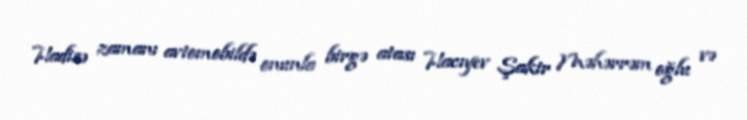
Hadisə zamanı avtomobildə onunla birgə atası Hacıyev Şakir Məhərrəm oğlu və